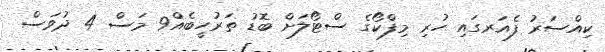
ކިއްސަރު ފެއަރގައި ހުރި މިފްކޯގެ ސްޓޯލަށް ބޮޑު ތަރުހީބެއް9 މަސް 4 ދުވަސް